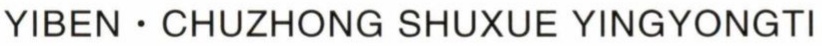
YIBEN \cdot CHUZHONG SHUXUE YINGYONGTI